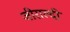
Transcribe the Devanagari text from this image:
जीराल्दी